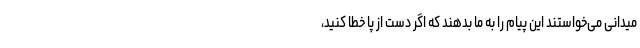
میدانی می‌خواستند این پیام را به ما بدهند که اگر دست از پا خطا کنید،